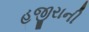
હજીરાની